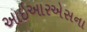
આઇઆરએસના